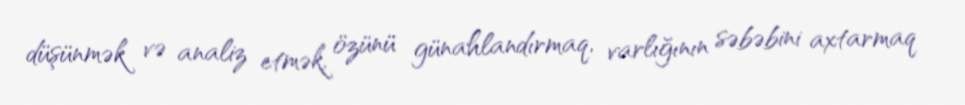
düşünmək və analiz etmək, özünü günahlandırmaq, varlığının səbəbini axtarmaq